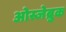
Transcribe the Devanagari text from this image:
ओस्जेब्रुक